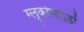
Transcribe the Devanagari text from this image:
ग्लूकोसाइडों